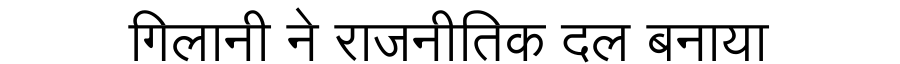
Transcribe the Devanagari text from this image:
गिलानी ने राजनीतिक दल बनाया